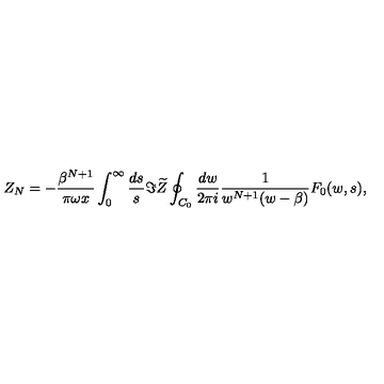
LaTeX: Z _ { N } = - { \frac { \beta ^ { N + 1 } } { \pi \omega x } } \int _ { 0 } ^ { \infty } { \frac { d s } { s } } \Im \widetilde Z \oint _ { C _ { 0 } } { \frac { d w } { 2 \pi i } } { \frac { 1 } { w ^ { N + 1 } ( w - \beta ) } } F _ { 0 } ( w , s ) ,